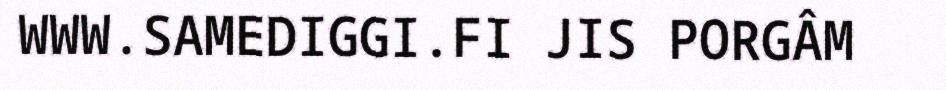
WWW.SAMEDIGGI.FI JIS PORGÂM